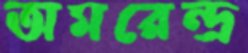
অমরেন্দ্র